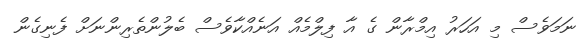
ނަމަވެސް މި އަހަރު އިމްރާން ގެ އާ ފިލްމެއް އަނެއްކާވެސް ބެލުންތެރިންނަށް ފެނިގެން